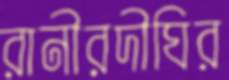
রানীরদীঘির